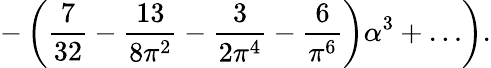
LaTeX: \left.-\left({\frac{7}{32}}-{\frac{13}{8\pi^{2}}}-{\frac{3}{2\pi^{4}}}-{\frac{6}{\pi^{6}}}\right)\alpha^{3}+\ldots\right).